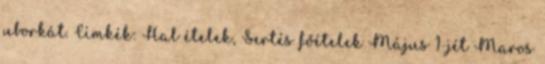
uborkát. Címkék: Hal ételek, Sertés főételek Május 1-jét Maros